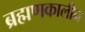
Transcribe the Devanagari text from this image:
ब्रह्मणकालीन